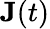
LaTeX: \textbf{J}(t)